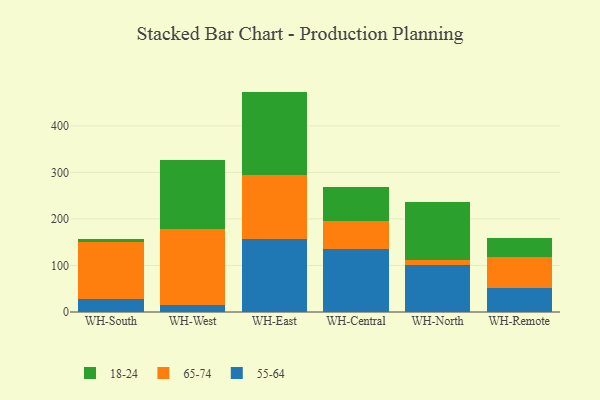
{"axis": {"x": "Warehouse", "y": "Inventory Turnover"}, "legend": ["18-24", "55-64", "65-74"], "data": [{"x": "WH-South", "y": 27.9, "type": "55-64"}, {"x": "WH-South", "y": 123.5, "type": "65-74"}, {"x": "WH-South", "y": 6.4, "type": "18-24"}, {"x": "WH-West", "y": 15.0, "type": "55-64"}, {"x": "WH-West", "y": 162.9, "type": "65-74"}, {"x": "WH-West", "y": 147.9, "type": "18-24"}, {"x": "WH-East", "y": 157.4, "type": "55-64"}, {"x": "WH-East", "y": 137.1, "type": "65-74"}, {"x": "WH-East", "y": 179.1, "type": "18-24"}, {"x": "WH-Central", "y": 134.8, "type": "55-64"}, {"x": "WH-Central", "y": 60.1, "type": "65-74"}, {"x": "WH-Central", "y": 72.9, "type": "18-24"}, {"x": "WH-North", "y": 101.4, "type": "55-64"}, {"x": "WH-North", "y": 10.7, "type": "65-74"}, {"x": "WH-North", "y": 124.0, "type": "18-24"}, {"x": "WH-Remote", "y": 50.6, "type": "55-64"}, {"x": "WH-Remote", "y": 67.9, "type": "65-74"}, {"x": "WH-Remote", "y": 40.6, "type": "18-24"}]}